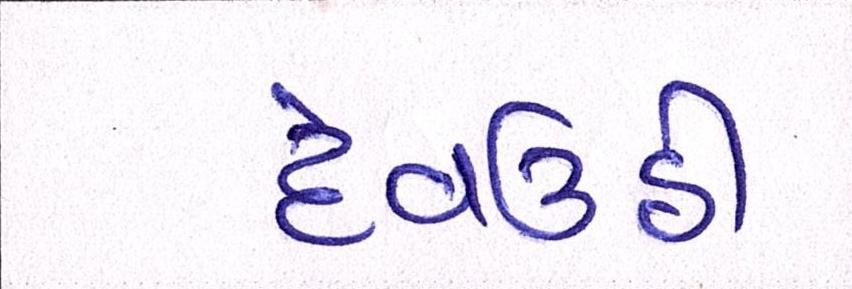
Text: દેવઉઠી